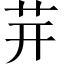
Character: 茾